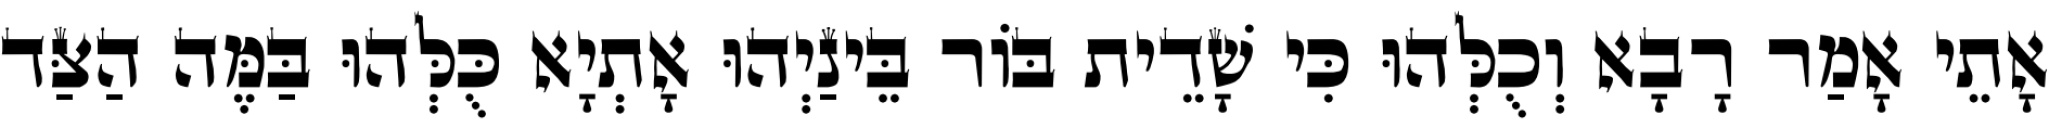
אָתֵי אָמַר רָבָא וְכֻלְּהוּ כִּי שָׁדֵית בּוֹר בֵּינַיְהוּ אָתְיָא כֻּלְּהוּ בַּמֶּה הַצַּד